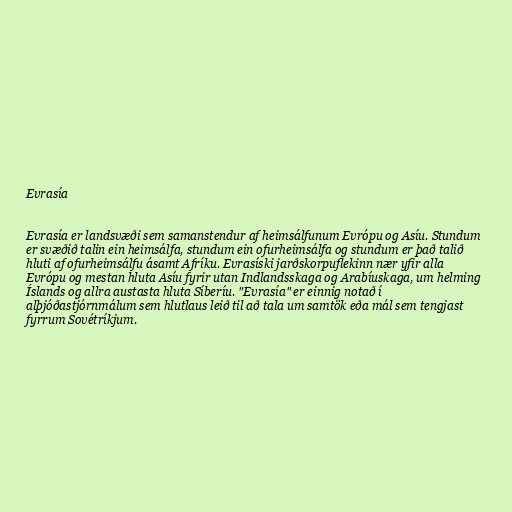
Evrasía

Evrasía er landsvæði sem samanstendur af heimsálfunum Evrópu og Asíu. Stundum
er svæðið talin ein heimsálfa, stundum ein ofurheimsálfa og stundum er það talið
hluti af ofurheimsálfu ásamt Afríku. Evrasíski jarðskorpuflekinn nær yfir alla
Evrópu og mestan hluta Asíu fyrir utan Indlandsskaga og Arabíuskaga, um helming
Íslands og allra austasta hluta Síberíu. "Evrasía" er einnig notað í
alþjóðastjórnmálum sem hlutlaus leið til að tala um samtök eða mál sem tengjast
fyrrum Sovétríkjum.